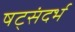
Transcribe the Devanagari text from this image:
षट्संदर्भ